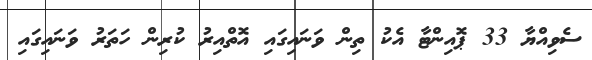
ސެވިއްޔާ 33 ޕޮއިންޓާ އެކު ތިން ވަނައިގައި އޮތްއިރު ކުރިން ހަތަރު ވަނައިގައި